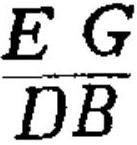
\(\frac{EG}{DB}\)